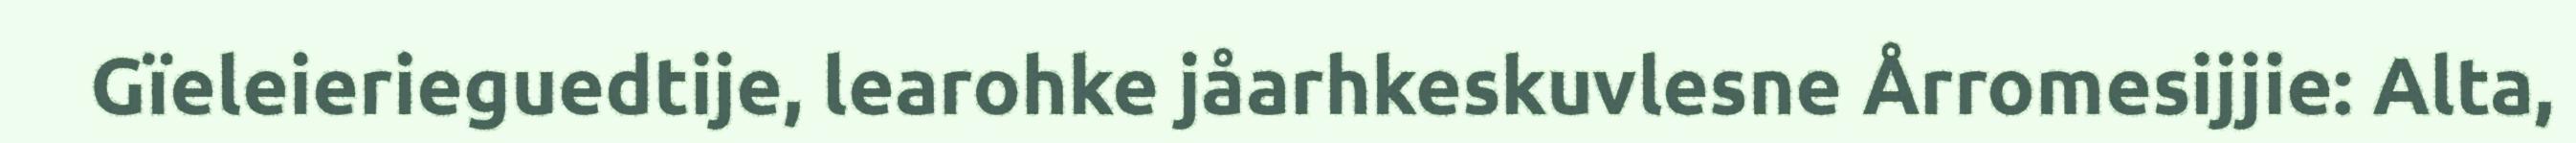
Gïeleierieguedtije, learohke jåarhkeskuvlesne Årromesijjie: Alta,